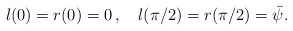
\begin{align*}l(0)=r(0)=0\,,\quad l(\pi /2)=r(\pi /2)={\bar{\psi}}.\end{align*}